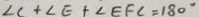
\angle C + \angle E F + \angle E F C = 1 8 0 ^ { \circ }